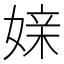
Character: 媇